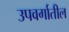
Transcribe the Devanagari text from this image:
उपवर्गातील